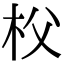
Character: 𣏤